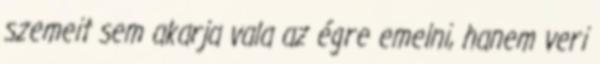
szemeit sem akarja vala az égre emelni, hanem veri